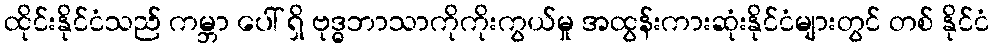
ထိုင်းနိုင်ငံသည် ကမ္ဘာ ပေါ် ရှိ ဗုဒ္ဓဘာသာကိုကိုးကွယ်မှု အထွန်းကားဆုံးနိုင်ငံများတွင် တစ် နိုင်ငံ